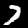
Label: 7